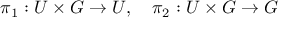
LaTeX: \pi _ { 1 } : U \times G \to U , \quad \pi _ { 2 } : U \times G \to G